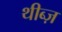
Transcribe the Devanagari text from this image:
थीब्ज़